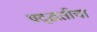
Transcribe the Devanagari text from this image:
पद्द्धतीचा